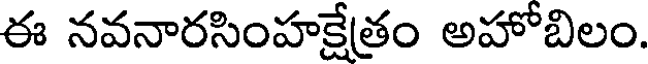
ఈ నవనారసింహక్షేత్రం అహోబిలం.